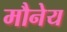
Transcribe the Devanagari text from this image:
मौनेय